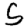
Digit: 5